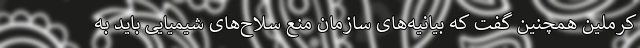
کرملین همچنین گفت که بیانیه‌های سازمان منع سلاح‌های شیمیایی باید به